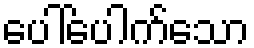
ပေါ်ပေါက်သော